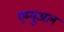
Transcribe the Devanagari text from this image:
एम्युअल